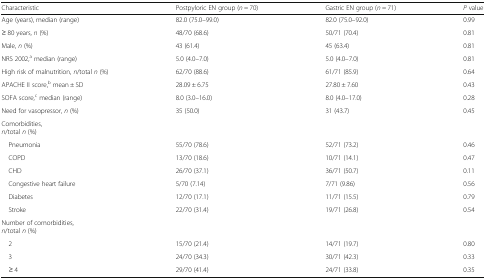
<table><thead><tr><td><b>Characteristic</b></td><td><b>Postpyloric EN group (<i>n</i> = 70)</b></td><td><b>Gastric EN group (<i>n</i> = 71)</b></td><td><b><i>P</i> value</b></td></tr></thead><tbody><tr><td>Age (years), median (range)</td><td>82.0 (75.0–99.0)</td><td>82.0 (75.0–92.0)</td><td>0.99</td></tr><tr><td>≥ 80 years, <i>n</i> (%)</td><td>48/70 (68.6)</td><td>50/71 (70.4)</td><td>0.81</td></tr><tr><td>Male, <i>n</i> (%)</td><td>43 (61.4)</td><td>45 (63.4)</td><td>0.81</td></tr><tr><td>NRS 2002,<sup>a</sup> median (range)</td><td>5.0 (4.0–7.0)</td><td>5.0 (4.0–7.0)</td><td>0.81</td></tr><tr><td>High risk of malnutrition, <i>n</i>/total <i>n</i> (%)</td><td>62/70 (88.6)</td><td>61/71 (85.9)</td><td>0.64</td></tr><tr><td>APACHE II score,<sup>b</sup> mean ± SD</td><td>28.09 ± 6.75</td><td>27.80 ± 7.60</td><td>0.43</td></tr><tr><td>SOFA score,<sup>c</sup> median (range)</td><td>8.0 (3.0–16.0)</td><td>8.0 (4.0–17.0)</td><td>0.28</td></tr><tr><td>Need for vasopressor, <i>n</i> (%)</td><td>35 (50.0)</td><td>31 (43.7)</td><td>0.45</td></tr><tr><td colspan="4">Comorbidities,<i>n</i>/total <i>n</i> (%)</td></tr><tr><td> Pneumonia</td><td>55/70 (78.6)</td><td>52/71 (73.2)</td><td>0.46</td></tr><tr><td> COPD</td><td>13/70 (18.6)</td><td>10/71 (14.1)</td><td>0.47</td></tr><tr><td> CHD</td><td>26/70 (37.1)</td><td>36/71 (50.7)</td><td>0.11</td></tr><tr><td> Congestive heart failure</td><td>5/70 (7.14)</td><td>7/71 (9.86)</td><td>0.56</td></tr><tr><td> Diabetes</td><td>12/70 (17.1)</td><td>11/71 (15.5)</td><td>0.79</td></tr><tr><td> Stroke</td><td>22/70 (31.4)</td><td>19/71 (26.8)</td><td>0.54</td></tr><tr><td colspan="4">Number of comorbidities,<i>n</i>/total <i>n</i> (%)</td></tr><tr><td> 2</td><td>15/70 (21.4)</td><td>14/71 (19.7)</td><td>0.80</td></tr><tr><td> 3</td><td>24/70 (34.3)</td><td>30/71 (42.3)</td><td>0.33</td></tr><tr><td> ≥ 4</td><td>29/70 (41.4)</td><td>24/71 (33.8)</td><td>0.35</td></tr></tbody></table>